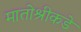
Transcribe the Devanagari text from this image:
मातोश्रीकडे